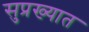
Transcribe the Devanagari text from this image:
सुप्रख्यात